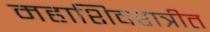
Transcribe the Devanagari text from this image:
महाशिवरात्रीत